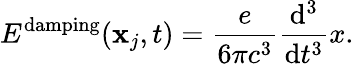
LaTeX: E^{\mathrm{damping}}(\mathbf{x}_{j},t)={\frac{e}{6\pi c^{3}}}{\frac{\mathrm{d}^{3}}{\mathrm{d}t^{3}}}x.